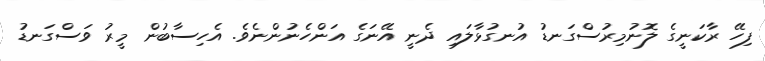
ފިހޭ ރާކަނީގެ ލޮނުމިރުސްގަނޑު އުނގުޅާލައި ދެނީ އޭނަގެ އަންހެނުންނެވެ. އެހިސާބުން މީރު ވަސްގަނޑު